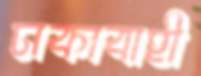
ঢাকাবাহী